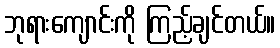
ဘုရားကျောင်းကို ကြည့်ချင်တယ်။